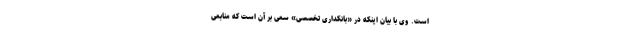
است. وی با بیان اینکه در «بانکداری تخصصی» سعی بر آن است که منابعی